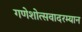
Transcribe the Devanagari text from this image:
गणेशोत्सवादरम्यान